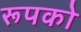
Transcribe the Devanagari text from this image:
रूपको